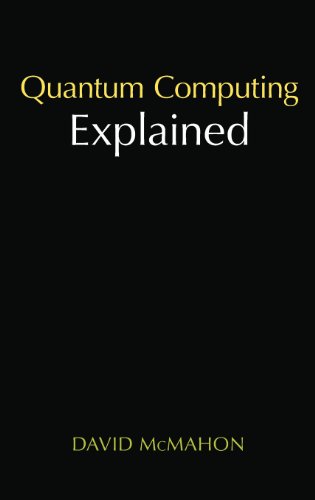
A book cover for Quantum Computing Explained; David McMahon; Computers & Technology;